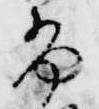
布